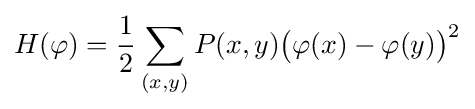
H(\varphi )={\frac {1}{2}}\sum _{(x,y)}P(x,y){\big (}\varphi (x)-\varphi (y){\big )}^{2}